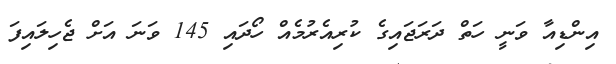
އިންޑިއާ ވަނީ ހަތް ދަރަޖައިގެ ކުރިއެރުމެއް ހޯދައި 145 ވަނަ އަށް ޖެހިލައިފަ